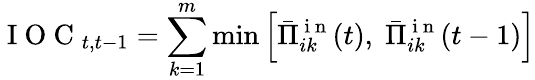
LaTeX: \mathrm{~I~O~C~}_{t,t-1}=\sum_{k=1}^{m}\operatorname*{min}\left[\bar{\Pi}_{ik}^{\mathrm{~i~n~}}(t),\; \bar{\Pi}_{ik}^{\mathrm{~i~n~}}(t-1)\right]